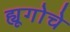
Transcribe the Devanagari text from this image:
ह्यूगोचे